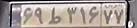
۶۹ط۳۱۶۷۷